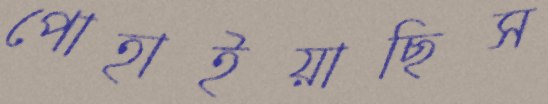
পোহাইয়াছিস